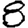
Digit: 8